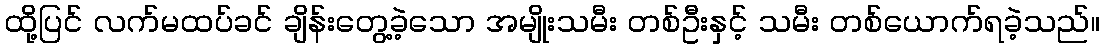
ထို့ပြင် လက်မထပ်ခင် ချိန်းတွေ့ခဲ့သော အမျိုးသမီး တစ်ဦးနှင့် သမီး တစ်ယောက်ရခဲ့သည်။